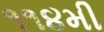
૧૧૪મી